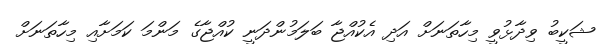
ޝަކީބު ވިދާޅުވީ މިހާތަނަށް އަދި އެކުއްޖާ ބަލަމުންދަނީ ކުއްޖާގެ މަންމަ ކަމަށާއި މިހާތަނަށް